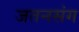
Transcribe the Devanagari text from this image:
जतनसंग